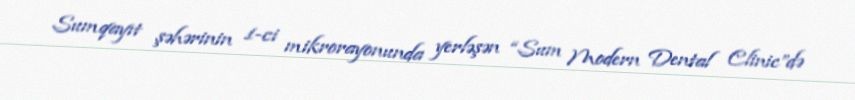
Sumqayıt şəhərinin 1-ci mikrorayonunda yerləşən “Sum Modern Dental Clinic”də